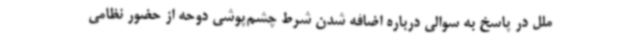
ملل در پاسخ به سوالی درباره اضافه شدن شرط چشم‌پوشی دوحه از حضور نظامی